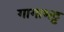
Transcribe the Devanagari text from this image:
गागाभट्ट